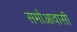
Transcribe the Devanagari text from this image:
समोआवासी